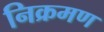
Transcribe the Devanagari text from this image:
निक्रमण